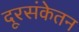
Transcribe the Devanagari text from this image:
दूरसंकेतन